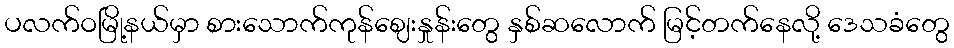
ပလက်ဝမြို့နယ်မှာ စားသောက်ကုန်ဈေးနှုန်းတွေ နှစ်ဆလောက် မြင့်တက်နေလို့ ဒေသခံတွေ